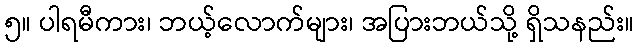
၅။ ပါရမီကား၊ ဘယ့်လောက်များ၊ အပြားဘယ်သို့ ရှိသနည်း။